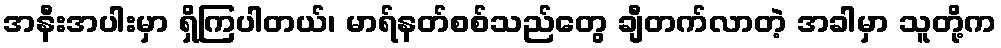
အနီးအပါးမှာ ရှိကြပါတယ်၊ မာရ်နတ်စစ်သည်တွေ ချီတက်လာတဲ့ အခါမှာ သူတို့က